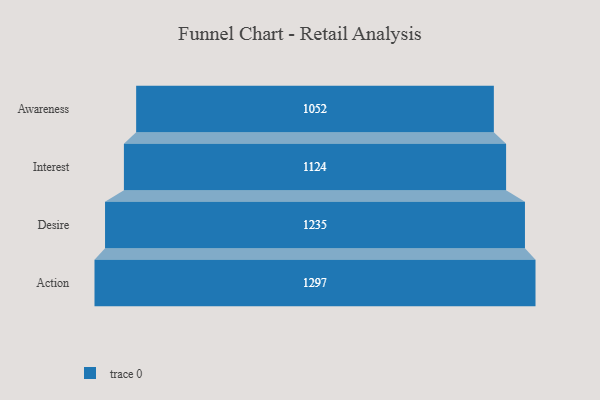
{"axis": {"x": "Stage", "y": "Value"}, "legend": [""], "data": [{"x": "Awareness", "y": 1052.0, "type": ""}, {"x": "Interest", "y": 1124.0, "type": ""}, {"x": "Desire", "y": 1235.0, "type": ""}, {"x": "Action", "y": 1297.0, "type": ""}]}